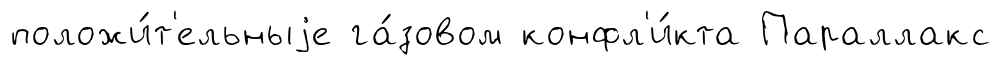
положи́т'ельныjе га́зовом конфл'и́кта Параллакс